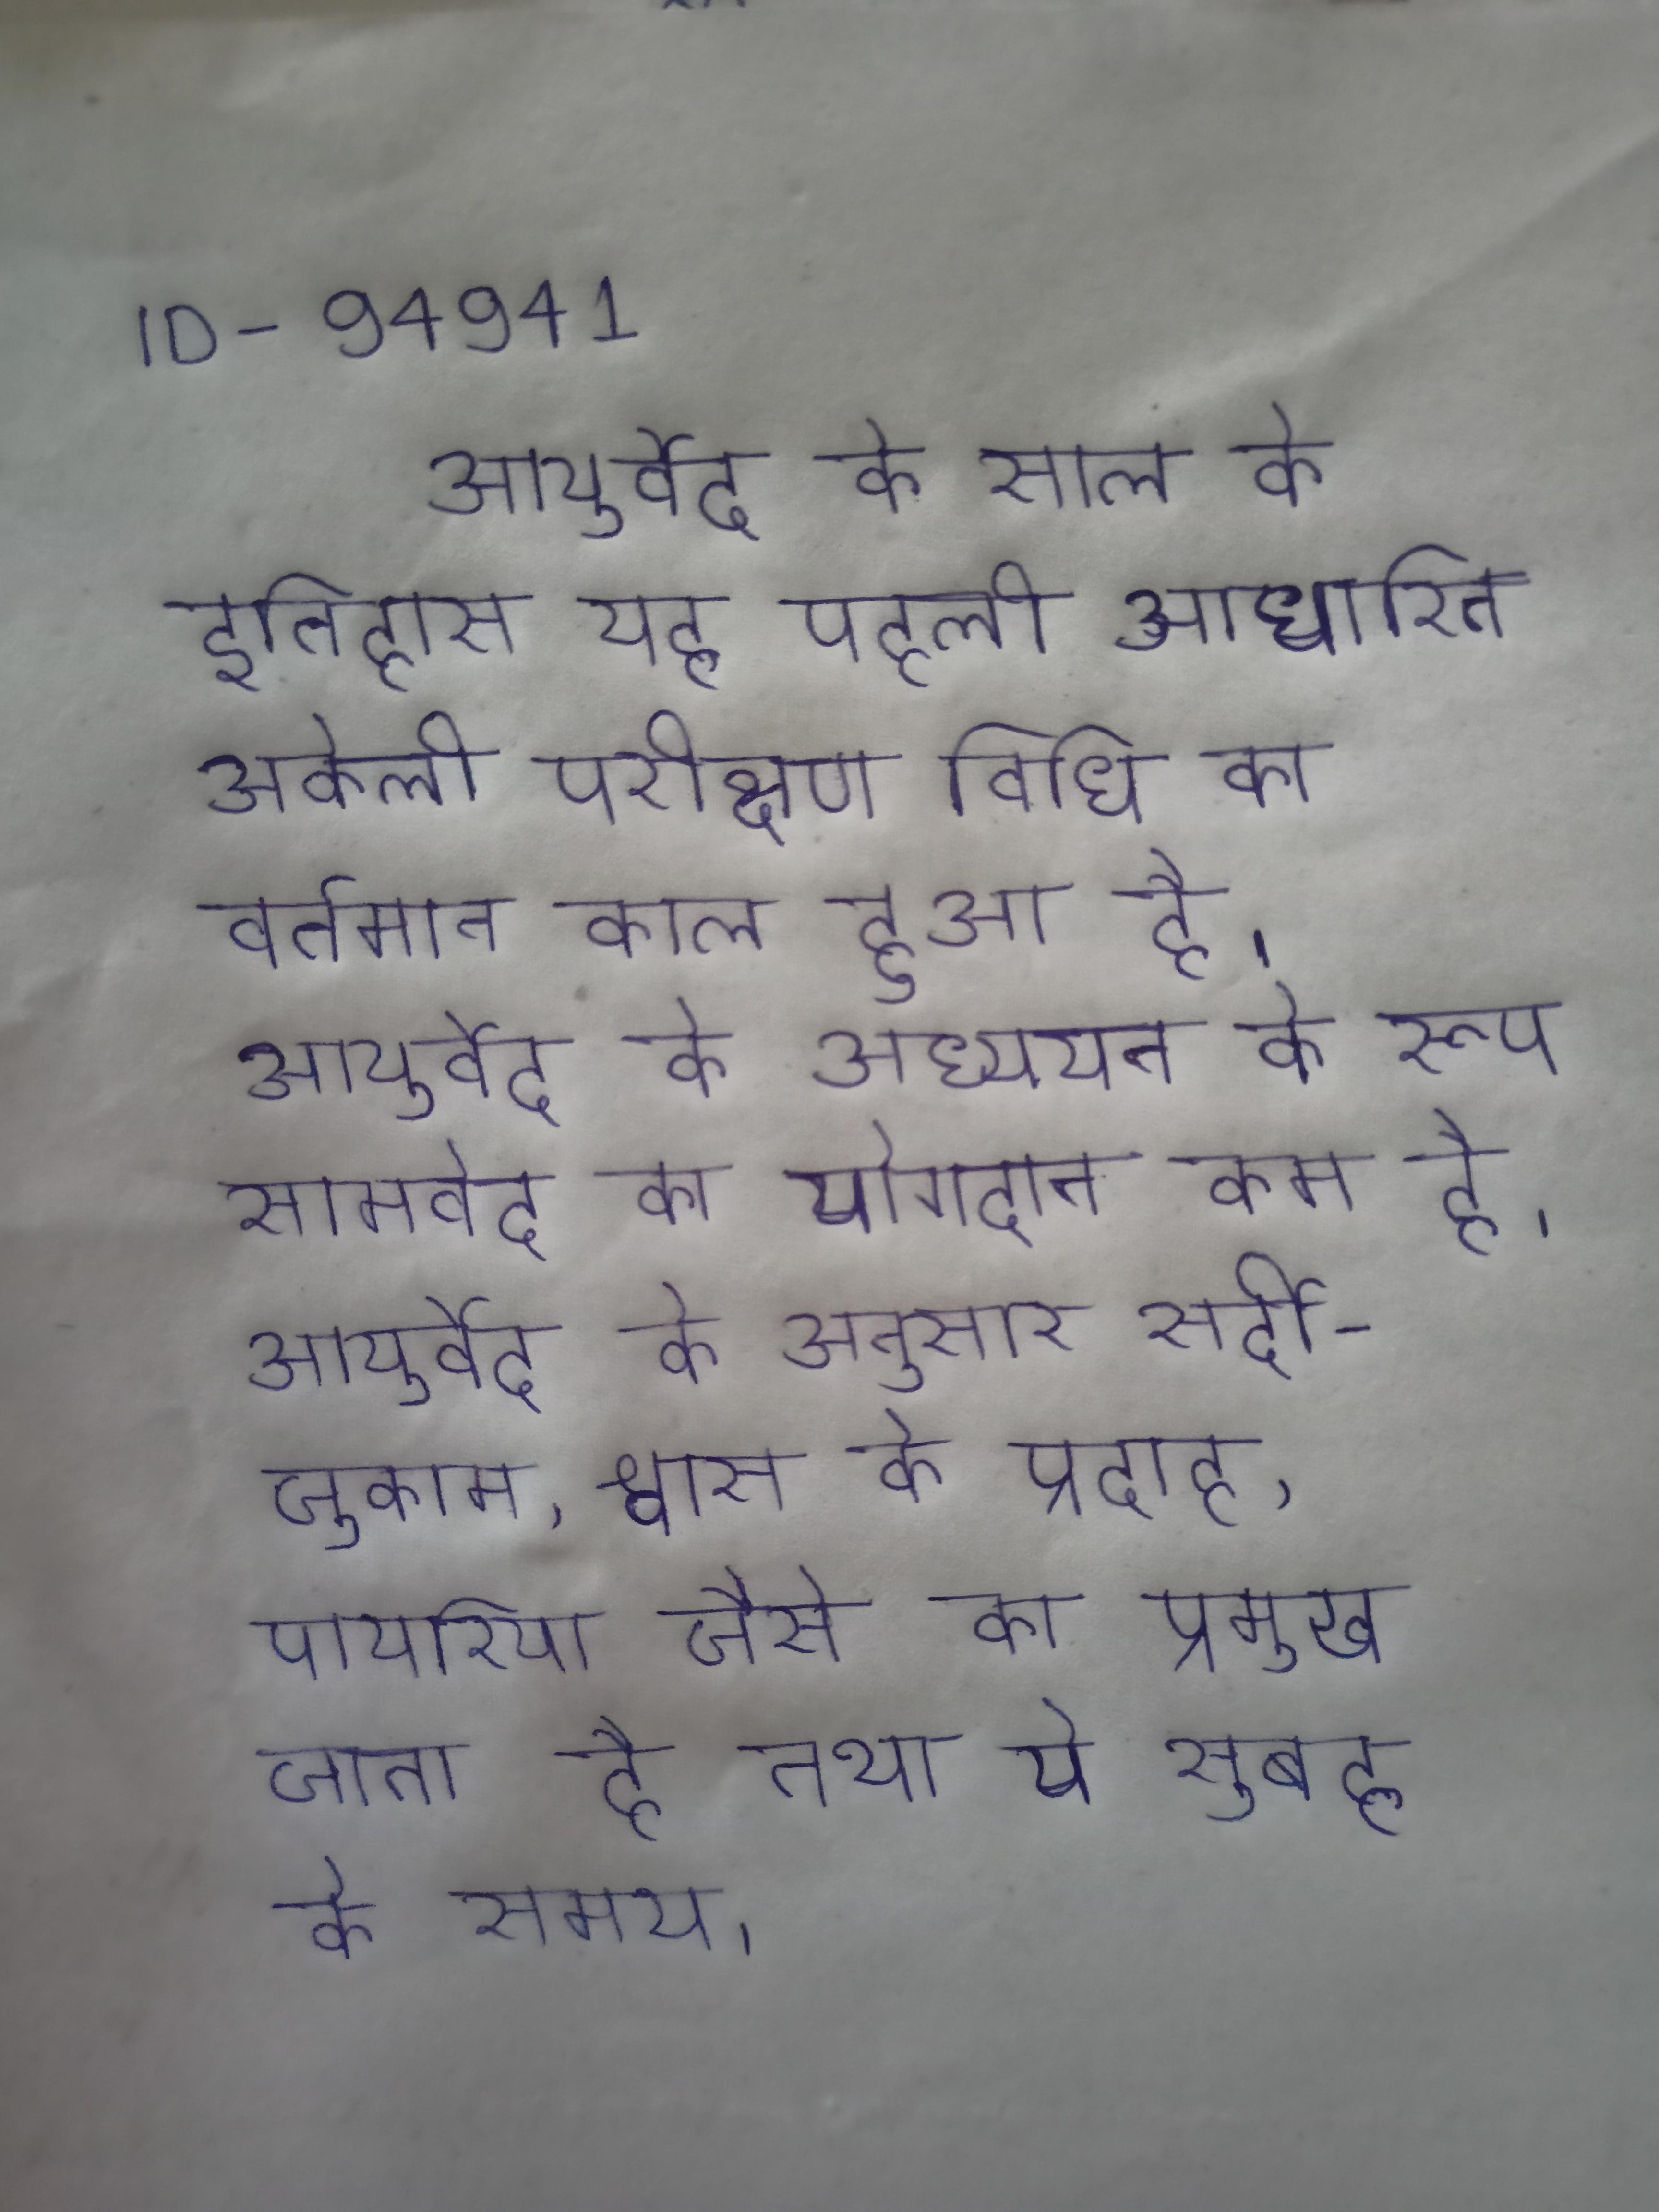
आयुर्वेद के साल के इतिहास यह पहली आधारित अकेली परीक्षण विधि का वर्तमान काल हुआ है । आयुर्वेद के अध्ययन के रूप सामवेद का योगदान कम है । आयुर्वेद के अनुसार सर्दी-जुकाम, श्वास के प्रदाह, पायरिया जैसे का प्रमुख कारण कफ बताया जाता है तथा ये सुबह के समय ।